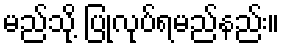
မည်သို့ ပြုလုပ်ရမည်နည်း။